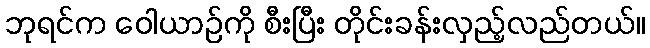
ဘုရင်က ဝေါယာဉ်ကို စီးပြီး တိုင်းခန်းလှည့်လည်တယ်။